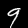
Label: 9